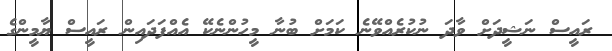
ރައީސް ނަޝީދަށް ވާދަ ނުކުރެއްވޭނެ ކަމަށް ބުނާ މީހުންނެކޭ އެއްފަދައިން ރައީސް ޔާމީންގެ